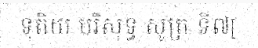
ទុតិយ បរិសុទ្ធ សូត្រ ទី៧[